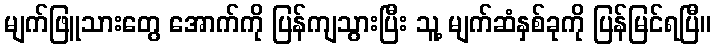
မျက်ဖြူသားတွေ အောက်ကို ပြန်ကျသွားပြီး သူ့ မျက်ဆံနှစ်ခုကို ပြန်မြင်ရပြီ။